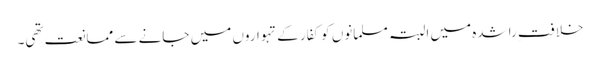
خلافتِ راشدہ میں البتہ مسلمانوں کو کفار کے تہواروں میں جانے سے ممانعت تھی۔